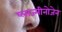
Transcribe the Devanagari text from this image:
प्लाज्मीनोजेन